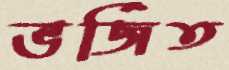
ভর্জিত